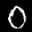
Label: 0